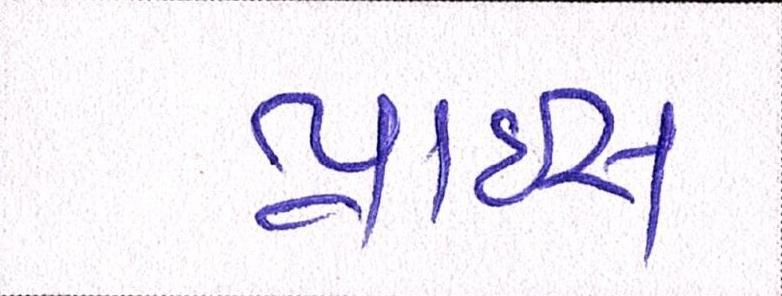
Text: પ્રાઇસ